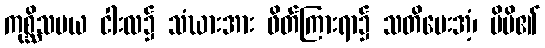
ကုစ္ဆိသမယ ငါးလ၌ သံဃားအား ဖိတ်ကြားရာ၌ သတိပေးအံ့၊ မိမိ၏